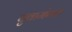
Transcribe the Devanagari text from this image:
युवामंगल